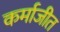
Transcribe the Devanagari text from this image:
कर्माजीत